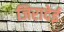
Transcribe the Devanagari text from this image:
जिरादेई